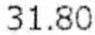
31.80